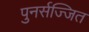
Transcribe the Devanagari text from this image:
पुनर्सज्जित